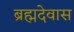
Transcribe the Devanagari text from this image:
ब्रह्मदेवास